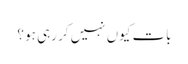
بات کیوں نہیں کر رہی ہو ؟